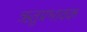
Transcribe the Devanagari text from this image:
ऋतुप्रभावक